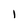
Character: I